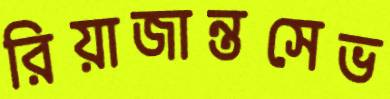
রিয়াজান্তসেভ